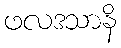
ဖလဒသာနိ